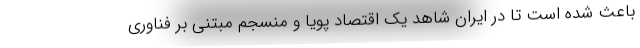
باعث شده است تا در ایران شاهد یک اقتصاد پویا و منسجم مبتنی بر فناوری